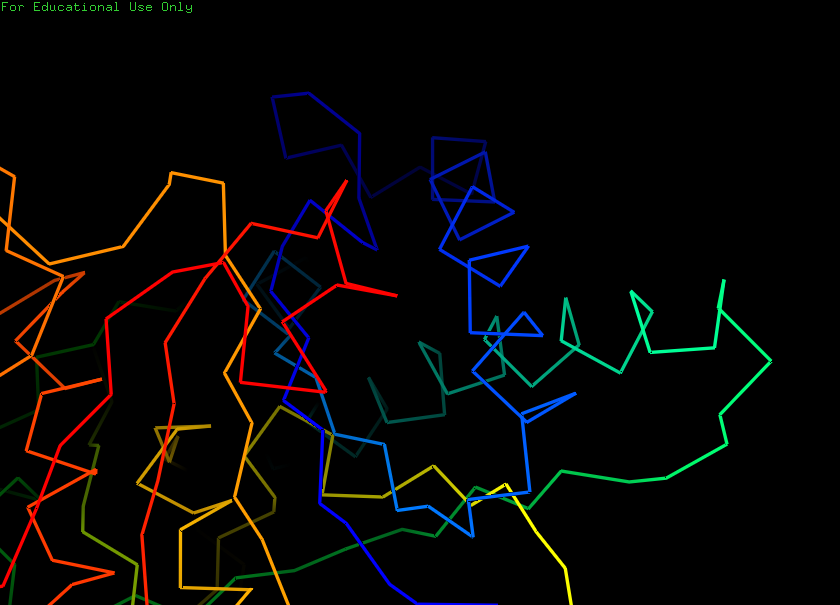
pymol, preset, ligands